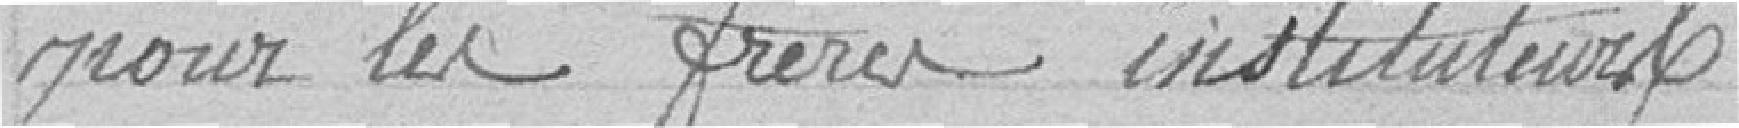
pour les frères instituteur.